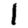
Digit: 1